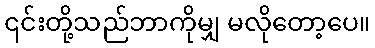
၎င်းတို့သည်ဘာကိုမျှ မလိုတော့ပေ။